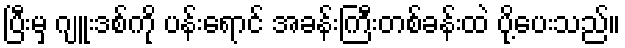
ပြီးမှ ဂျူးဒစ်ကို ပန်းရောင် အခန်းကြီးတစ်ခန်းထဲ ပို့ပေးသည်။